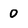
Character: 0